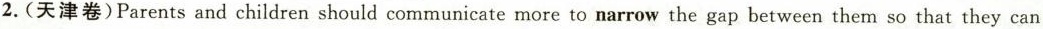
2.(天津卷)Parents and children should communicate more to narrow the gap between them so that they can